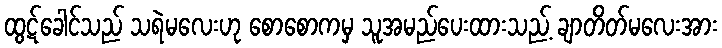
ထွဋ်ခေါင်သည် သရဲမလေးဟု စောစောကမှ သူအမည်ပေးထားသည့် ချာတိတ်မလေးအား